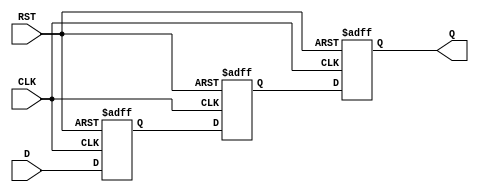
module async_to_sync_converter (
    input wire D,          // Asynchronous data input
    input wire CLK,        // Synchronous clock signal
    input wire RST,        // Asynchronous reset signal
    output reg Q          // Synchronized data output
);

    reg D_ff1;            // First flip-flop for synchronization
    reg D_ff2;            // Second flip-flop for synchronization

    // Edge detection logic
    reg D_prev;           // Previous state of the asynchronous data
    reg transition_detected;  // Flag to indicate a transition

    // Asynchronous reset logic
    always @(posedge CLK or posedge RST) begin
        if (RST) begin
            D_ff1 <= 1'b0;
            D_ff2 <= 1'b0;
            Q <= 1'b0;
            D_prev <= 1'b0;
            transition_detected <= 1'b0;
        end else begin
            // Sample the asynchronous input D with the clock
            D_ff1 <= D;               // First stage of synchronization
            D_ff2 <= D_ff1;          // Second stage of synchronization
            
            // Detect transition
            transition_detected <= (D_ff1 !== D_prev);
            D_prev <= D_ff1;          // Update previous state
            Q <= D_ff2;               // Output the synchronized data
        end
    end

endmodule